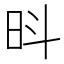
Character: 𪰍